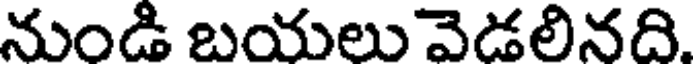
నుండి బయలు వెడలినది.